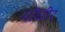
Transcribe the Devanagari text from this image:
मोंघीर